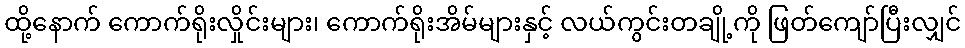
ထို့နောက် ကောက်ရိုးလှိုင်းများ၊ ကောက်ရိုးအိမ်များနှင့် လယ်ကွင်းတချို့ကို ဖြတ်ကျော်ပြီးလျှင်